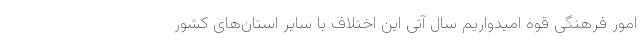
امور فرهنگی قوه امیدواریم سال آتی این اختلاف با سایر استان‌های کشور